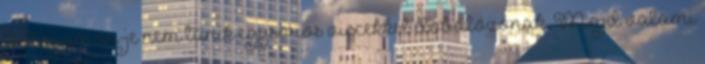
Ő Aquaman-je nem tűnik egysoros viccekkel dobálózónak. Majd valami